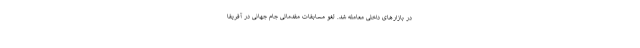
در بازار‌های داخلی معامله شد. لغو مسابقات مقدماتی جام جهانی در آفریقا